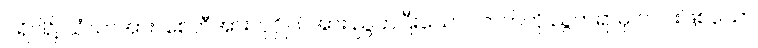
ပရိဝါ၌ သံဃာအား၊ စေတီအား၊ ပုဂ္ဂိုလ်အား ညွတ်ပြီးသော လာဘ်ကို ညွတ်ရာမှ တပါးဖြစ်သော